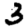
Digit: 3